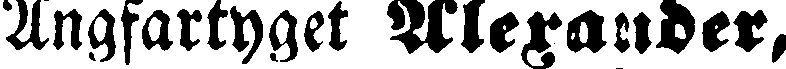
Ångfartyget Alexander,